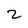
Character: 2